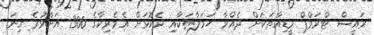
ރައީސް ޓްރަމްޕް މީޑިއާތަކަށް ދެއްވާ ހަމަލާތަކާއި ދެކޮޅަށް އެމެރިކާގެ 300 އަށްވުރެ ގިނަ